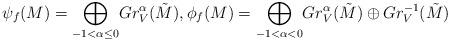
LaTeX: \begin{align*}\psi_f(M)=\displaystyle{\bigoplus_{-1<\alpha \leq 0}}Gr_V^{\alpha}(\tilde{M}), \phi_f(M)=\displaystyle{\bigoplus_{-1<\alpha < 0}}Gr_V^{\alpha}(\tilde{M}) \oplus Gr_V^{-1}(\tilde{M})\end{align*}